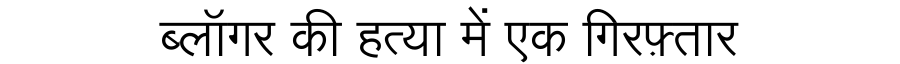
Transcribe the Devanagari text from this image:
ब्लॉगर की हत्या में एक गिरफ़्तार